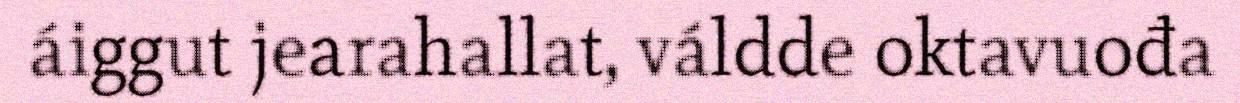
áiggut jearahallat, váldde oktavuođa